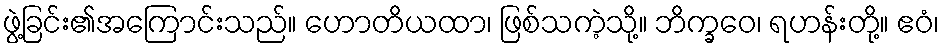
ဖွဲ့ခြင်း၏အကြောင်းသည်။ ဟောတိယထာ၊ ဖြစ်သကဲ့သို့။ ဘိက္ခဝေ၊ ရဟန်းတို့။ ဧဝံ၊